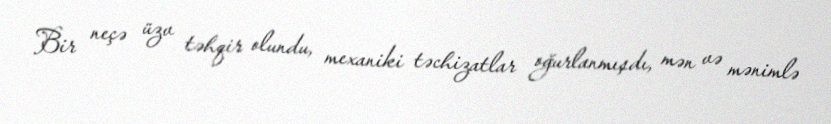
Bir neçə üzv təhqir olundu, mexaniki təchizatlar oğurlanmışdı, mən və mənimlə